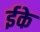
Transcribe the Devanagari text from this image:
ईके